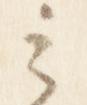
之